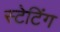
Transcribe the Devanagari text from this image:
स्टेटिंग